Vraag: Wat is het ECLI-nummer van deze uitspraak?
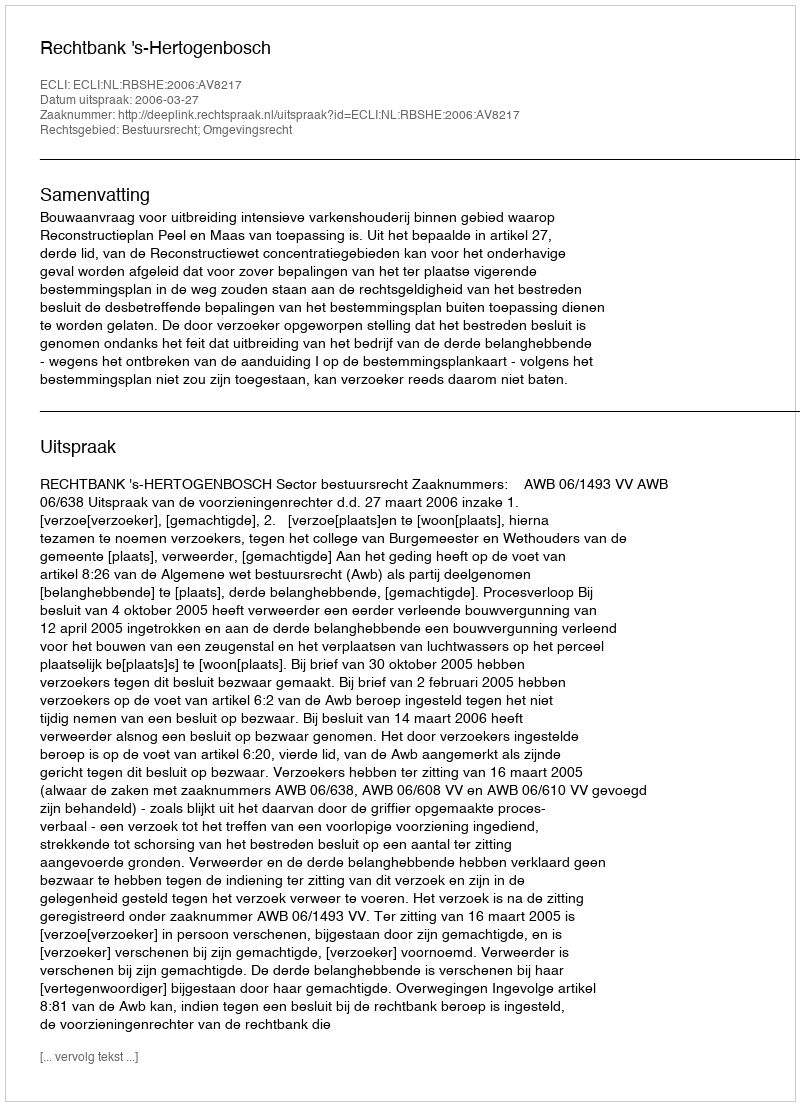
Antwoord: ECLI:NL:RBSHE:2006:AV8217